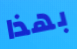
بهذا